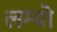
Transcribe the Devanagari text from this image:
लग्यो